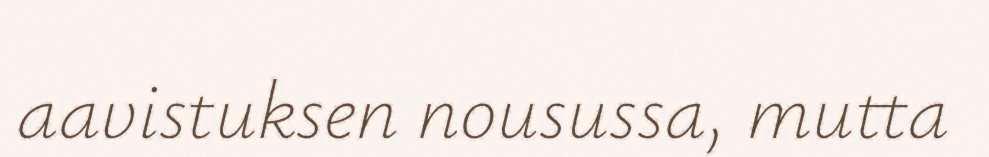
aavistuksen nousussa, mutta